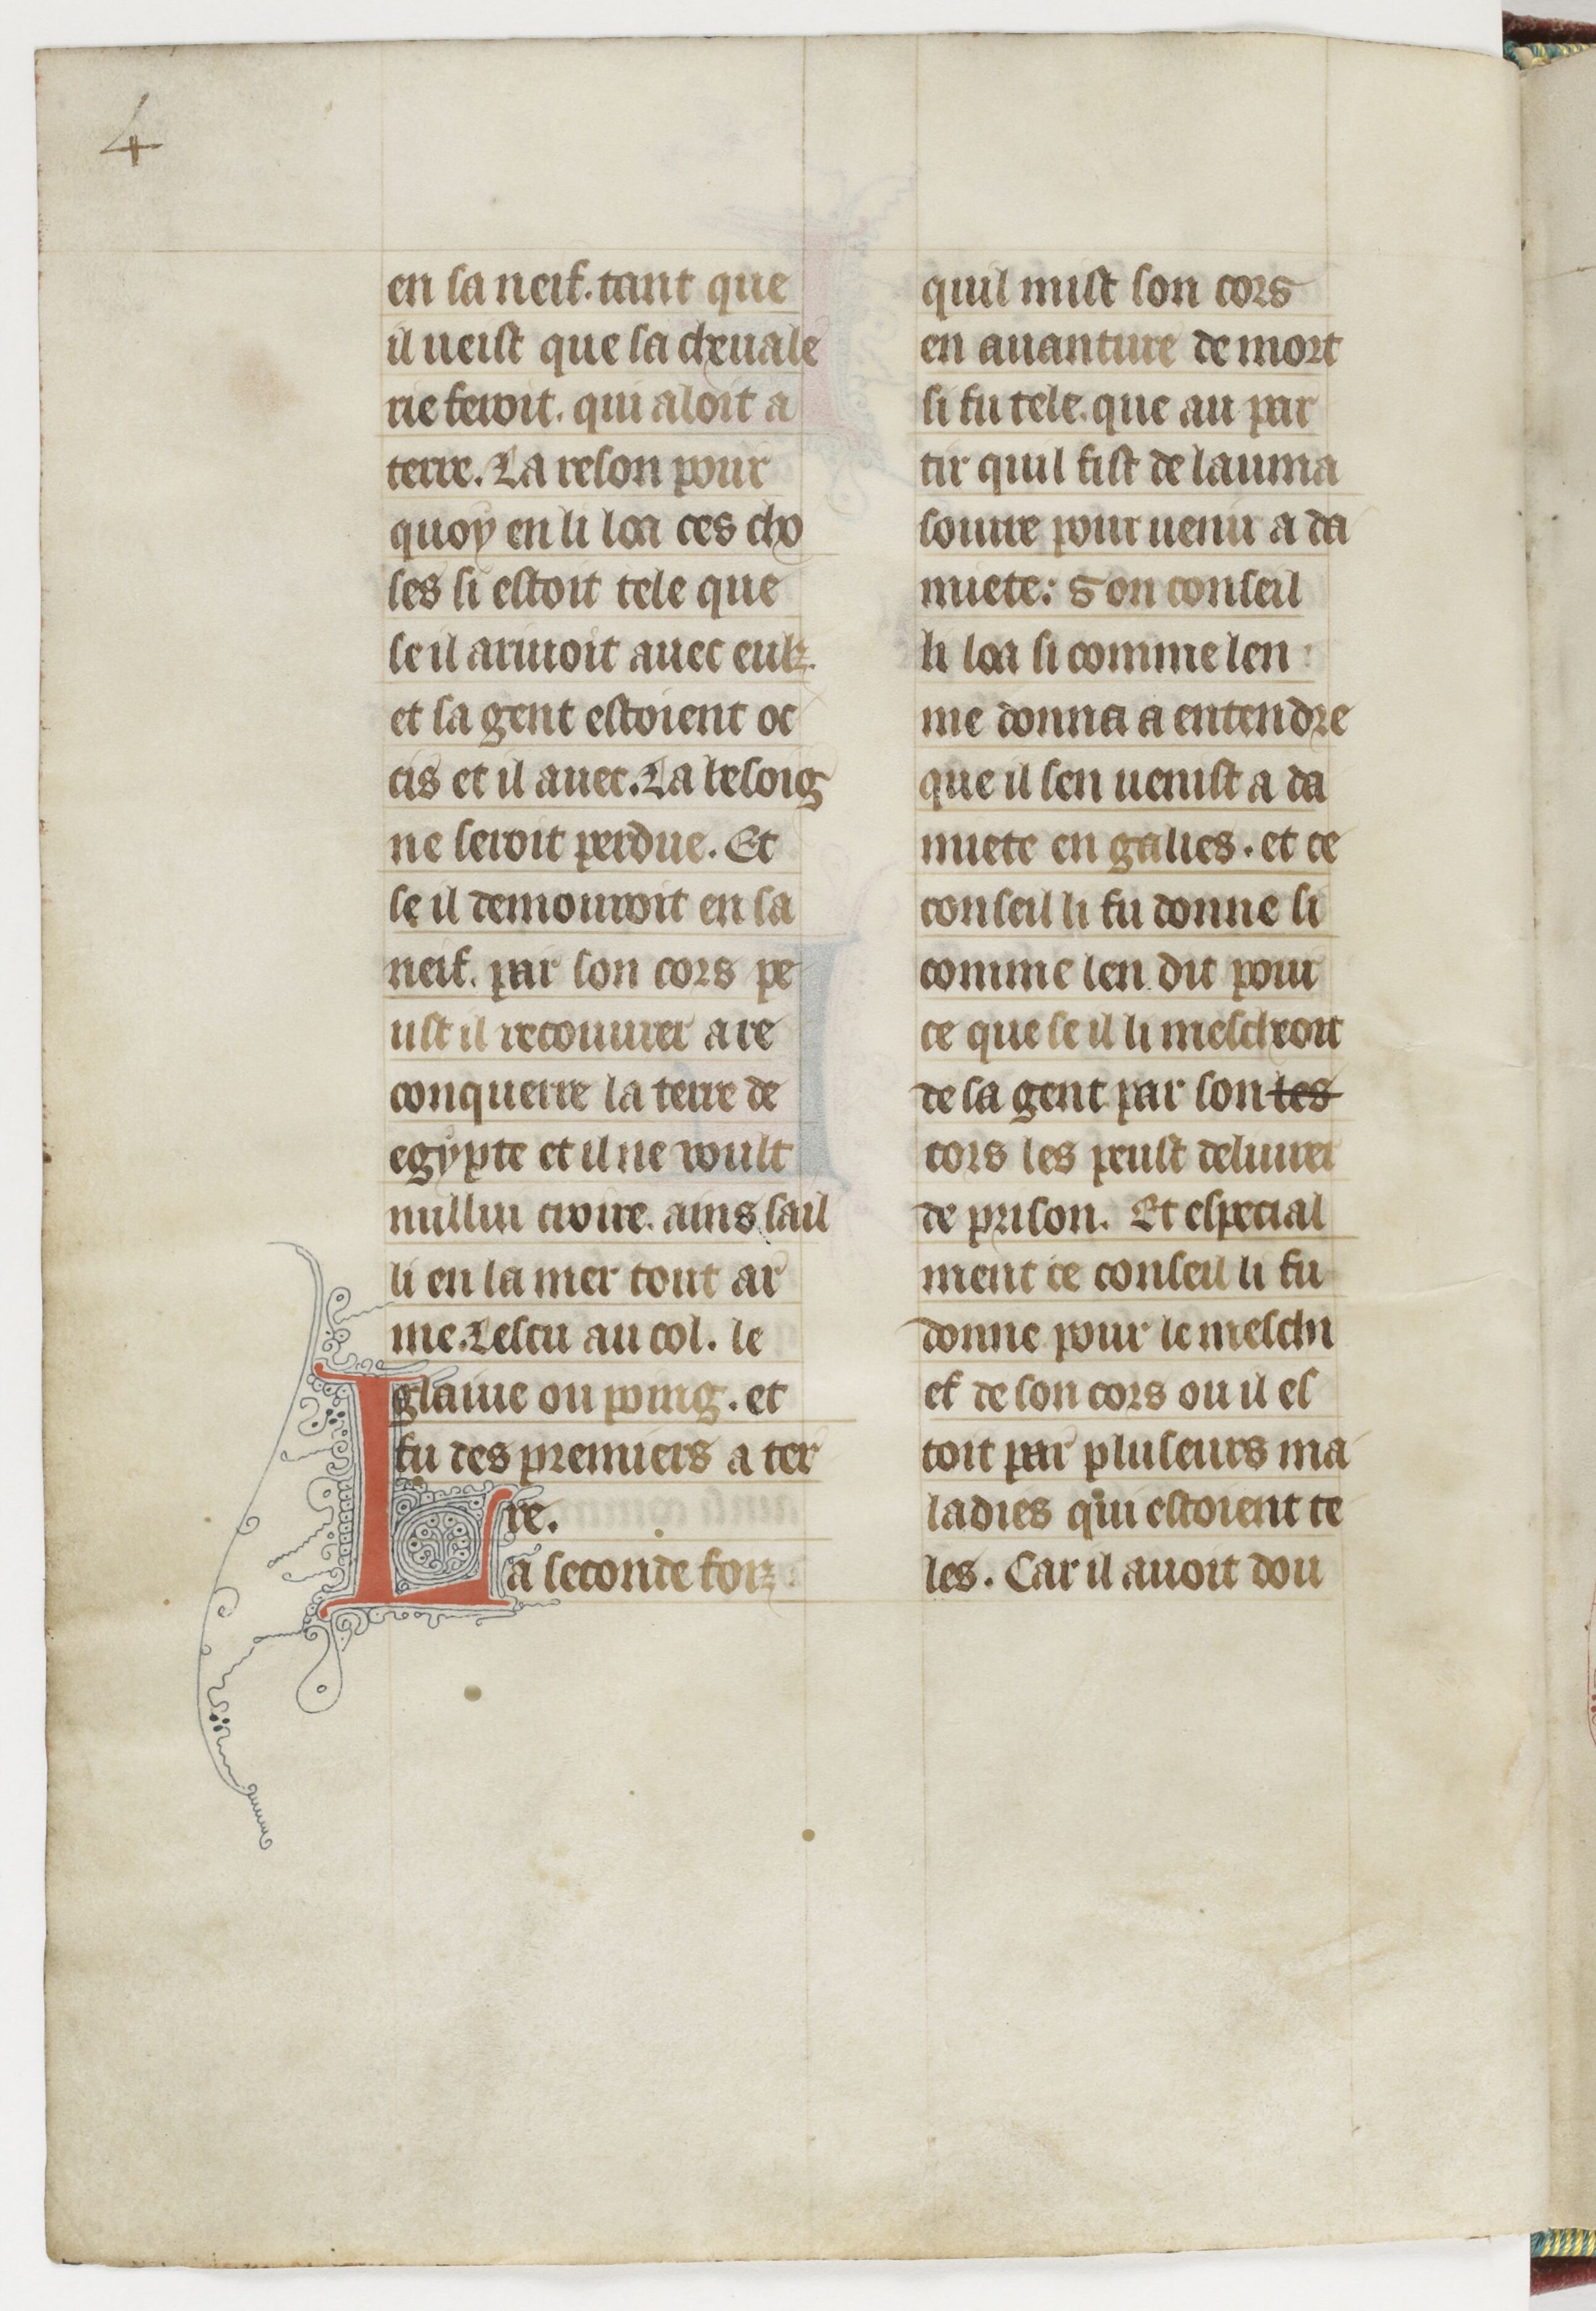
Shelfmark: Paris, BnF, fr. 13568
Century: 14